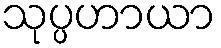
သုပ္ပဟာယာ